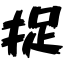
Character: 捉